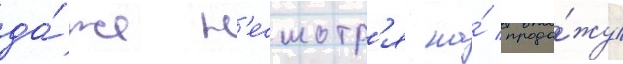
да́же н'есмотр'я на́ прода́жу